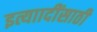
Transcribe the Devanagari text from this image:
इत्याादींसाठी